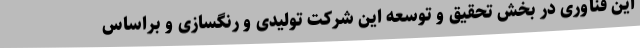
این فناوری در بخش تحقیق و توسعه این شرکت تولیدی و رنگسازی و براساس